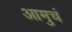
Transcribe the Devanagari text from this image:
आमुचं